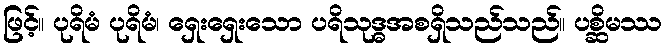
ဖြင့်။ ပုရိမံ ပုရိမံ၊ ရှေးရှေးသော ပရိသုဒ္ဓအစရှိသည်သည်။ ပစ္ဆိမဿ